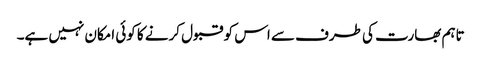
تاہم بھارت کی طرف سے اس کو قبول کرنے کا کوئی امکان نہیں ہے۔